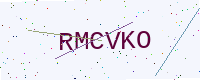
Text: RMCVKO